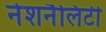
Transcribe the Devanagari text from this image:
नेशनैलिटी